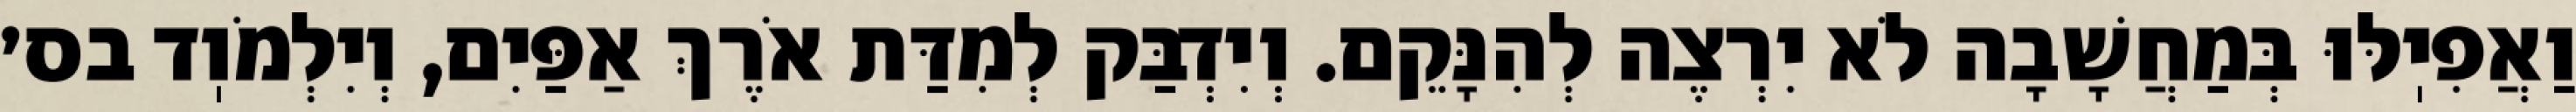
וַאֲפִיֽלּוּ בְּמַחֲשָׁבָה לֹא יִרְצֶה לְהִנָּקֵם. וְיִדְבַּק לְמִדַּת אֹרֶךְ אַפַּיִם, וְיִלְמֹוֽד בס׳